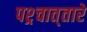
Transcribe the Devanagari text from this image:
पश्र्चात्‌तारे